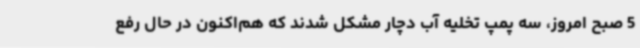
5 صبح امروز، سه پمپ تخلیه آب دچار مشکل شدند که هم‌اکنون در حال رفع